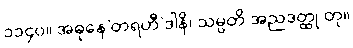
၁၁၄၀။ အဓုနေ’တရဟီ’ဒါနိ၊ သမ္ပတိ အညဒတ္ထု တု။